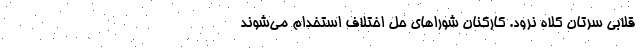
قلابی سرتان کلاه نرود. کارکنان شوراهای حل اختلاف استخدام می‌شوند